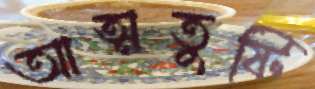
আত্মতুষ্টি